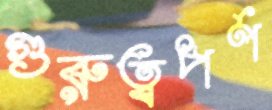
গুরুত্বপর্ণ